Document type: Sale
Year: 1355
Scribe: Pere Borrell
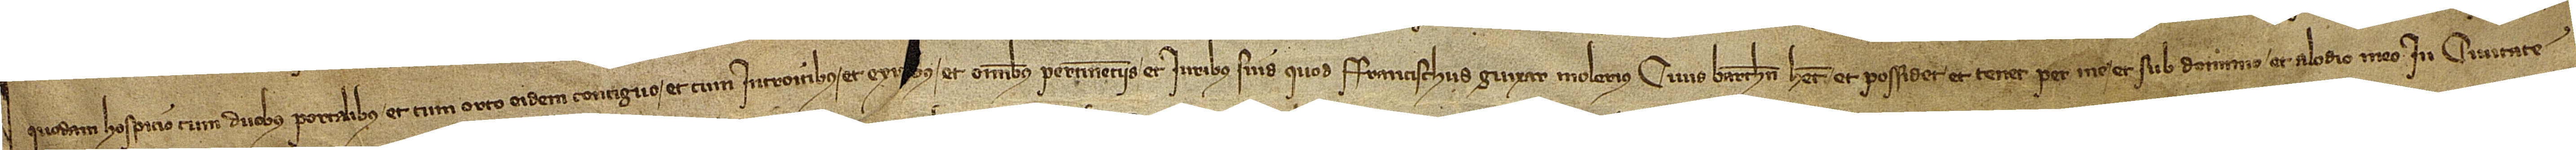
quodam hospicio cum duobus portalibus et cum orto eidem contiguo, et cum introitibus et exi[ti]bus et omnibus pertinenciis et iuribus suis, quod Francischus Guixar, molerius, civis Barchinone, habet et possidet et tenet per me et sub dominio et alodio meo in civitate